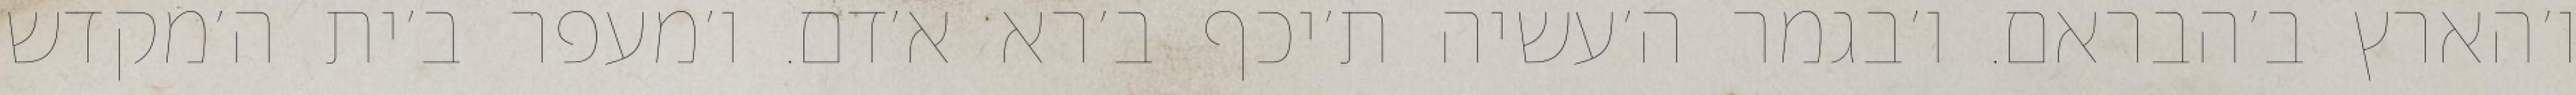
ו׳הארץ ב׳הבראם. ו׳בגמר ה׳עשיה ת׳יכף ב׳רא א׳דם. ו׳מעפר ב׳ית ה׳מקדש